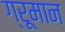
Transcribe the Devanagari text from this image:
ग्रूमान